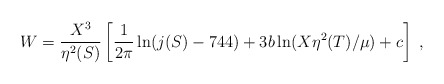
\begin{align*} W=\frac{X^3}{ \eta^2 (S)}\left[ \frac{1}{2 \pi} \ln (j(S)-744)+ 3 b \ln (X \eta^2(T)/\mu) +c \right]\;,\end{align*}